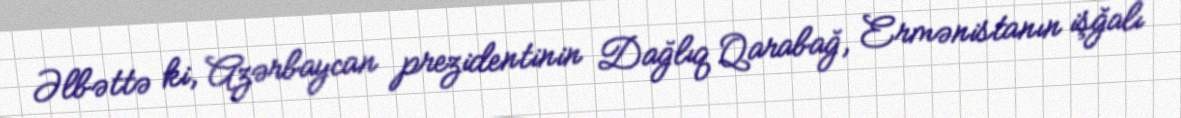
Əlbəttə ki, Azərbaycan prezidentinin Dağlıq Qarabağ, Ermənistanın işğalı